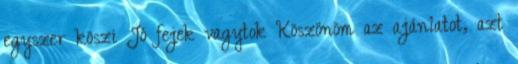
egyszer köszi Jó fejek vagytok Köszönöm az ajánlatot, azt